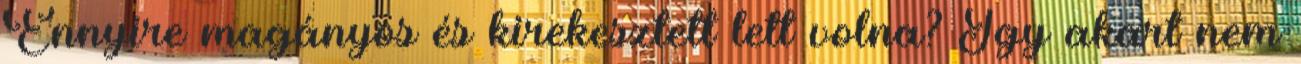
Ennyire magányos és kirekesztett lett volna? Így akart nem